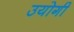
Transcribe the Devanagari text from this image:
उयोगी